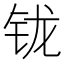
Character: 𰽦